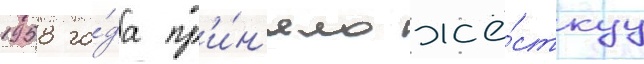
1958 го́да пр'и́н'яло жё́сткуу